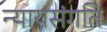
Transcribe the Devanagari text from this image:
न्यायसंगति